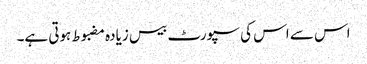
اس سے اس کی سپورٹ بیس زیادہ مضبوط ہوتی ہے۔